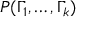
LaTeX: P ( \Gamma _ { 1 } , \dots , \Gamma _ { k } )